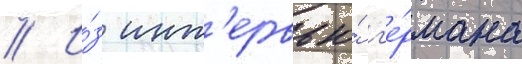
// И́з инт'ервью́ г'е́рмана